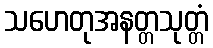
သဟေတုအနတ္တသုတ္တံ